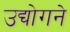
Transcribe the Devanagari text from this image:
उद्योगने